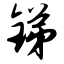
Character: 锑